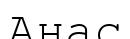
Анас